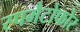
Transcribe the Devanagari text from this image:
स्पमैटोफोर